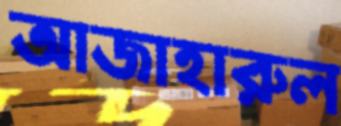
আজাহারুল